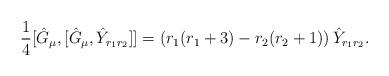
LaTeX: \begin{align*}\frac{1}{4}[\hat{G}_{\mu},[\hat{G}_{\mu},\hat{Y}_{r_{1}r_{2}}]]=\left(r_{1}(r_{1}+3)-r_{2}(r_{2}+1)\right)\hat{Y}_{r_{1}r_{2}}.\end{align*}